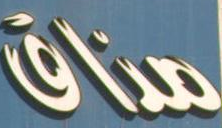
مذاق